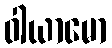
ဝါယာမော